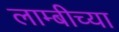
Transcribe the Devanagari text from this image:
लाम्बीच्या